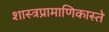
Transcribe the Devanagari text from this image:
शास्त्रप्रामाणिकास्ते